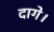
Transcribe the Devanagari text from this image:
दागे।